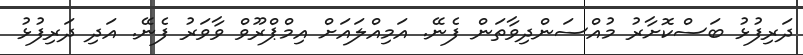
ދަރިފުޅު ބަސްކޮށާރު މުއްސަންދިވާތަން ފެނޭ. އަމިއްލައަށް އިމްޕްރޫވް ވާވަރު ފެނޭ. އަދި ދަރިފުޅު